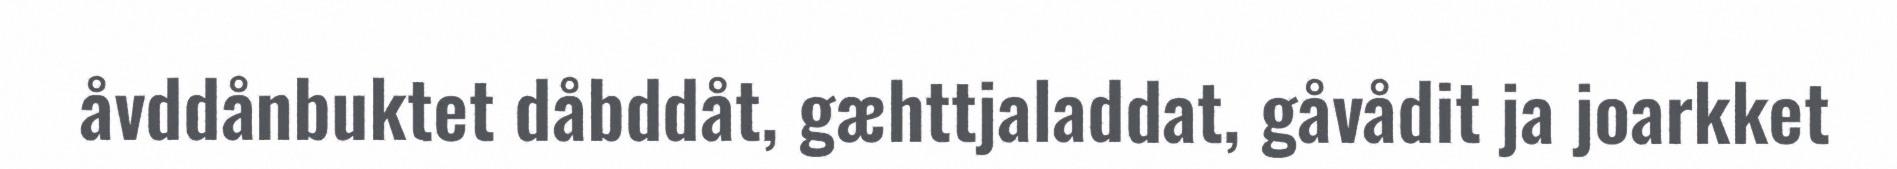
åvddånbuktet dåbddåt, gæhttjaladdat, gåvådit ja joarkket